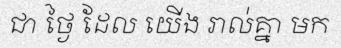
ជា ថ្ងៃ ដែល យើង រាល់គ្នា មក